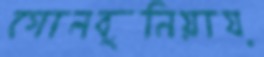
গোলবুনিয়ায়